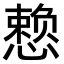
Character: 𪬯